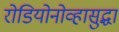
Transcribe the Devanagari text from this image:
रोडियोनोव्हासुद्धा